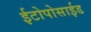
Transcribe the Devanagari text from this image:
ईटोपोसाईड